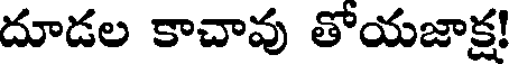
దూడల కాచావు తోయజాక్ష!